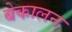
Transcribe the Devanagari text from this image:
बेकालन